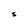
Character: S